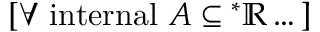
[ \forall { \mathrm { ~ i n t e r n a l ~ } } A \subseteq { ^ { * } \mathbb { R } } \dots ]